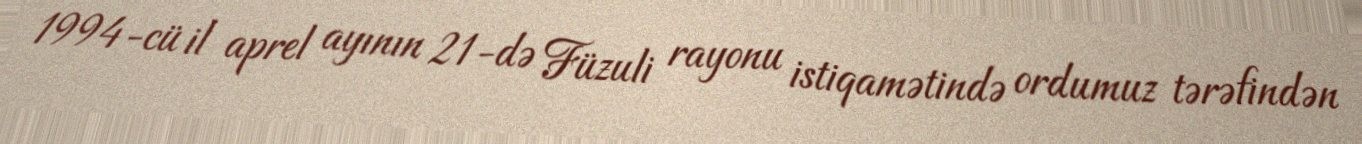
1994-cü il aprel ayının 21-də Füzuli rayonu istiqamətində ordumuz tərəfindən